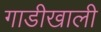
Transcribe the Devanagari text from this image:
गाडीखाली